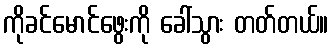
ကိုခင်မောင်ဖွေးကို ခေါ်သွား တတ်တယ်။